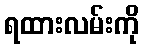
ရထားလမ်းကို